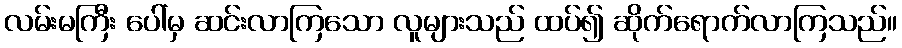
လမ်းမကြီး ပေါ်မှ ဆင်းလာကြသော လူများသည် ထပ်၍ ဆိုက်ရောက်လာကြသည်။